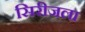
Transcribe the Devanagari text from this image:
सिरीजला